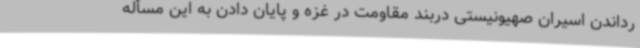
رداندن اسیران صهیونیستی دربند مقاومت در غزه و پایان دادن به این مسأله